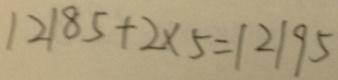
1 2 1 8 5 + 2 \times 5 = 1 2 1 9 5